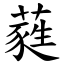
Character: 蕤